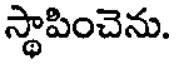
స్థాపించెను.